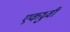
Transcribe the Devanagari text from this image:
एकध्रुवी